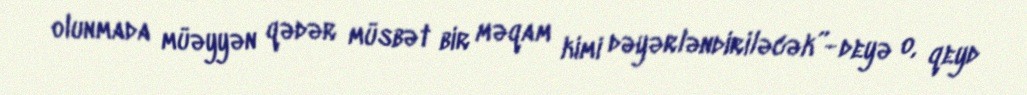
olunmada müəyyən qədər müsbət bir məqam kimi dəyərləndiriləcək”- deyə o, qeyd